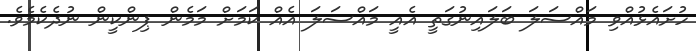
ހުށައެޅުއްވި މައްސަލަ ބަލައިނުގަތީ އެއީ މައްސަލަ އެއް ކަމަށް މަމެން ޕިންކީން ނުދެކެމެވެ.